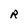
Character: R